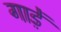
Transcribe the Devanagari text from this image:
गाड़ें